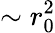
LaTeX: \sim r_{0}^{2}